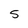
Character: 5